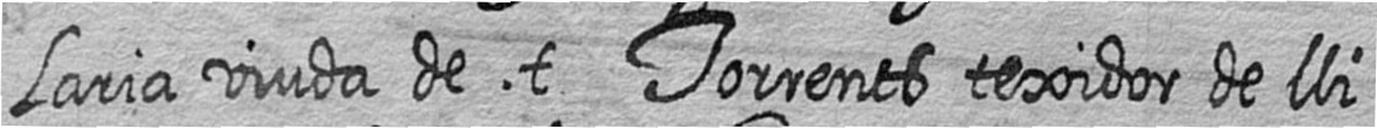
laria viuda de t Torrents texidor de lli